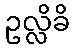
ဥလ္လိခိ